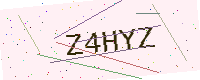
Text: Z4HYZ